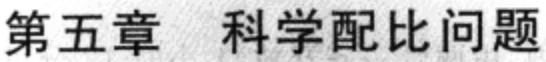
第五章 科学配比问题